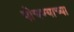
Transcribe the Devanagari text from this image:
पोचण्याच्या